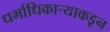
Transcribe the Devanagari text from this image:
धर्माधिकार्‍याकडून